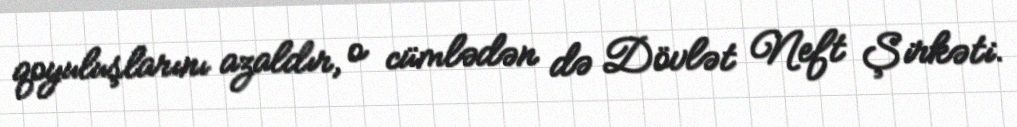
qoyuluşlarını azaldır, o cümlədən də Dövlət Neft Şirkəti.